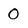
Character: O